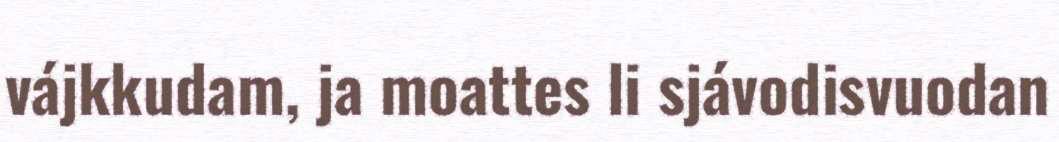
vájkkudam, ja moattes li sjávodisvuodan